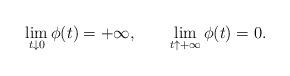
LaTeX: \begin{align*}\lim_{t\downarrow0}\phi(t)=+\infty,\qquad\lim_{t\uparrow+\infty}\phi(t)=0.\end{align*}